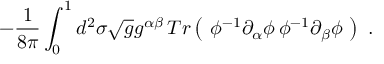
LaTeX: - \frac { 1 } { 8 \pi } \int _ { 0 } ^ { 1 } d ^ { 2 } \sigma \sqrt { g } g ^ { \alpha \beta } \, T r \left( \ \phi ^ { - 1 } \partial _ { \alpha } \phi \, \phi ^ { - 1 } \partial _ { \beta } \phi \ \right) \ .